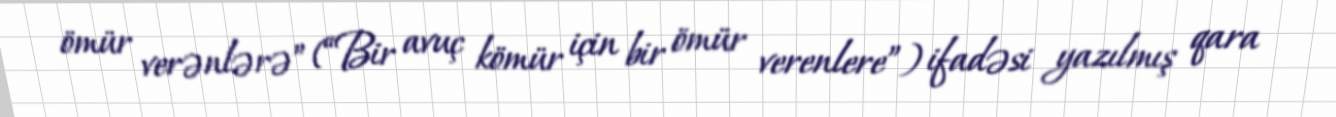
ömür verənlərə” (“Bir avuç kömür için bir ömür verenlere”) ifadəsi yazılmış qara